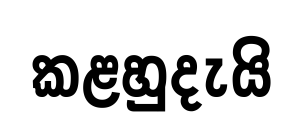
කළහුදැයි